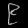
Digit: ၉